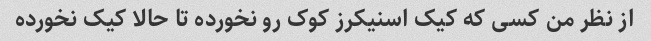
از نظر من کسی که کیک اسنیکرز کوک رو نخورده تا حالا کیک نخورده